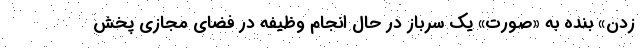
زدن» بنده به «صورت» یک سرباز در حال انجام وظیفه در فضای مجازی پخش